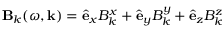
\mathbf { B } _ { k } ( \omega , \mathbf k ) = \hat { \mathbf e } _ { x } B _ { k } ^ { x } + \hat { \mathbf e } _ { y } B _ { k } ^ { y } + \hat { \mathbf e } _ { z } B _ { k } ^ { z }